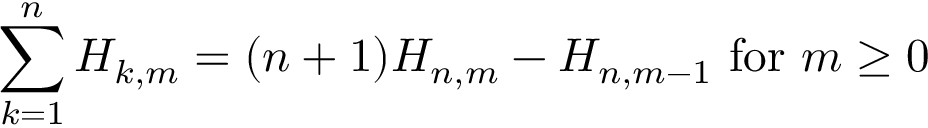
\sum _ { k = 1 } ^ { n } H _ { k , m } = ( n + 1 ) H _ { n , m } - H _ { n , m - 1 } { \mathrm { ~ f o r ~ } } m \geq 0